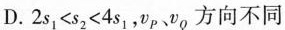
D.2s_{1}<s_{2}<4s_{}，v_{P}、v_{Q}方向不同